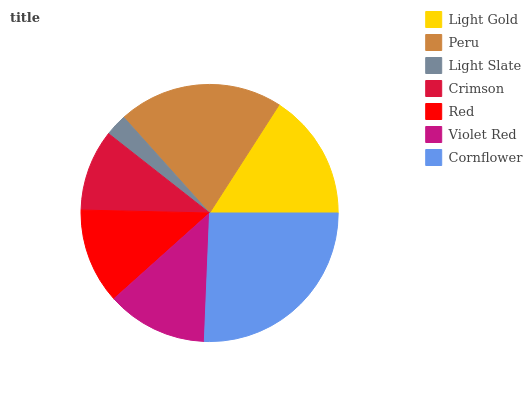
| Light Gold | Peru | Light Slate | Crimson | Red | Violet Red | Cornflower |
 | --- | --- | --- | --- | --- | --- | --- |
 | 15.9% | 20.7% | 2.77% | 10.2% | 12% | 12.7% | 25.6% |